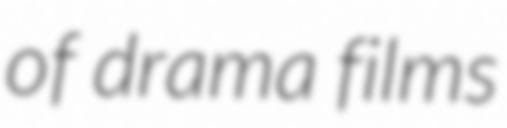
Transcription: of drama films